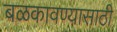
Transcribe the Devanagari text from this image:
बळकावण्यासाठी